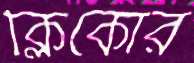
ক্লিকোর